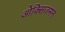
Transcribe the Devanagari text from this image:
ओक्सिजमन